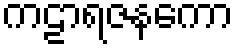
ကဠာရဇနကော